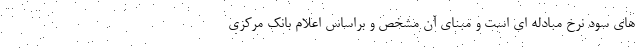
های سود نرخ مبادله ای است و مبنای آن مشخص و براساس اعلام بانک مرکزی